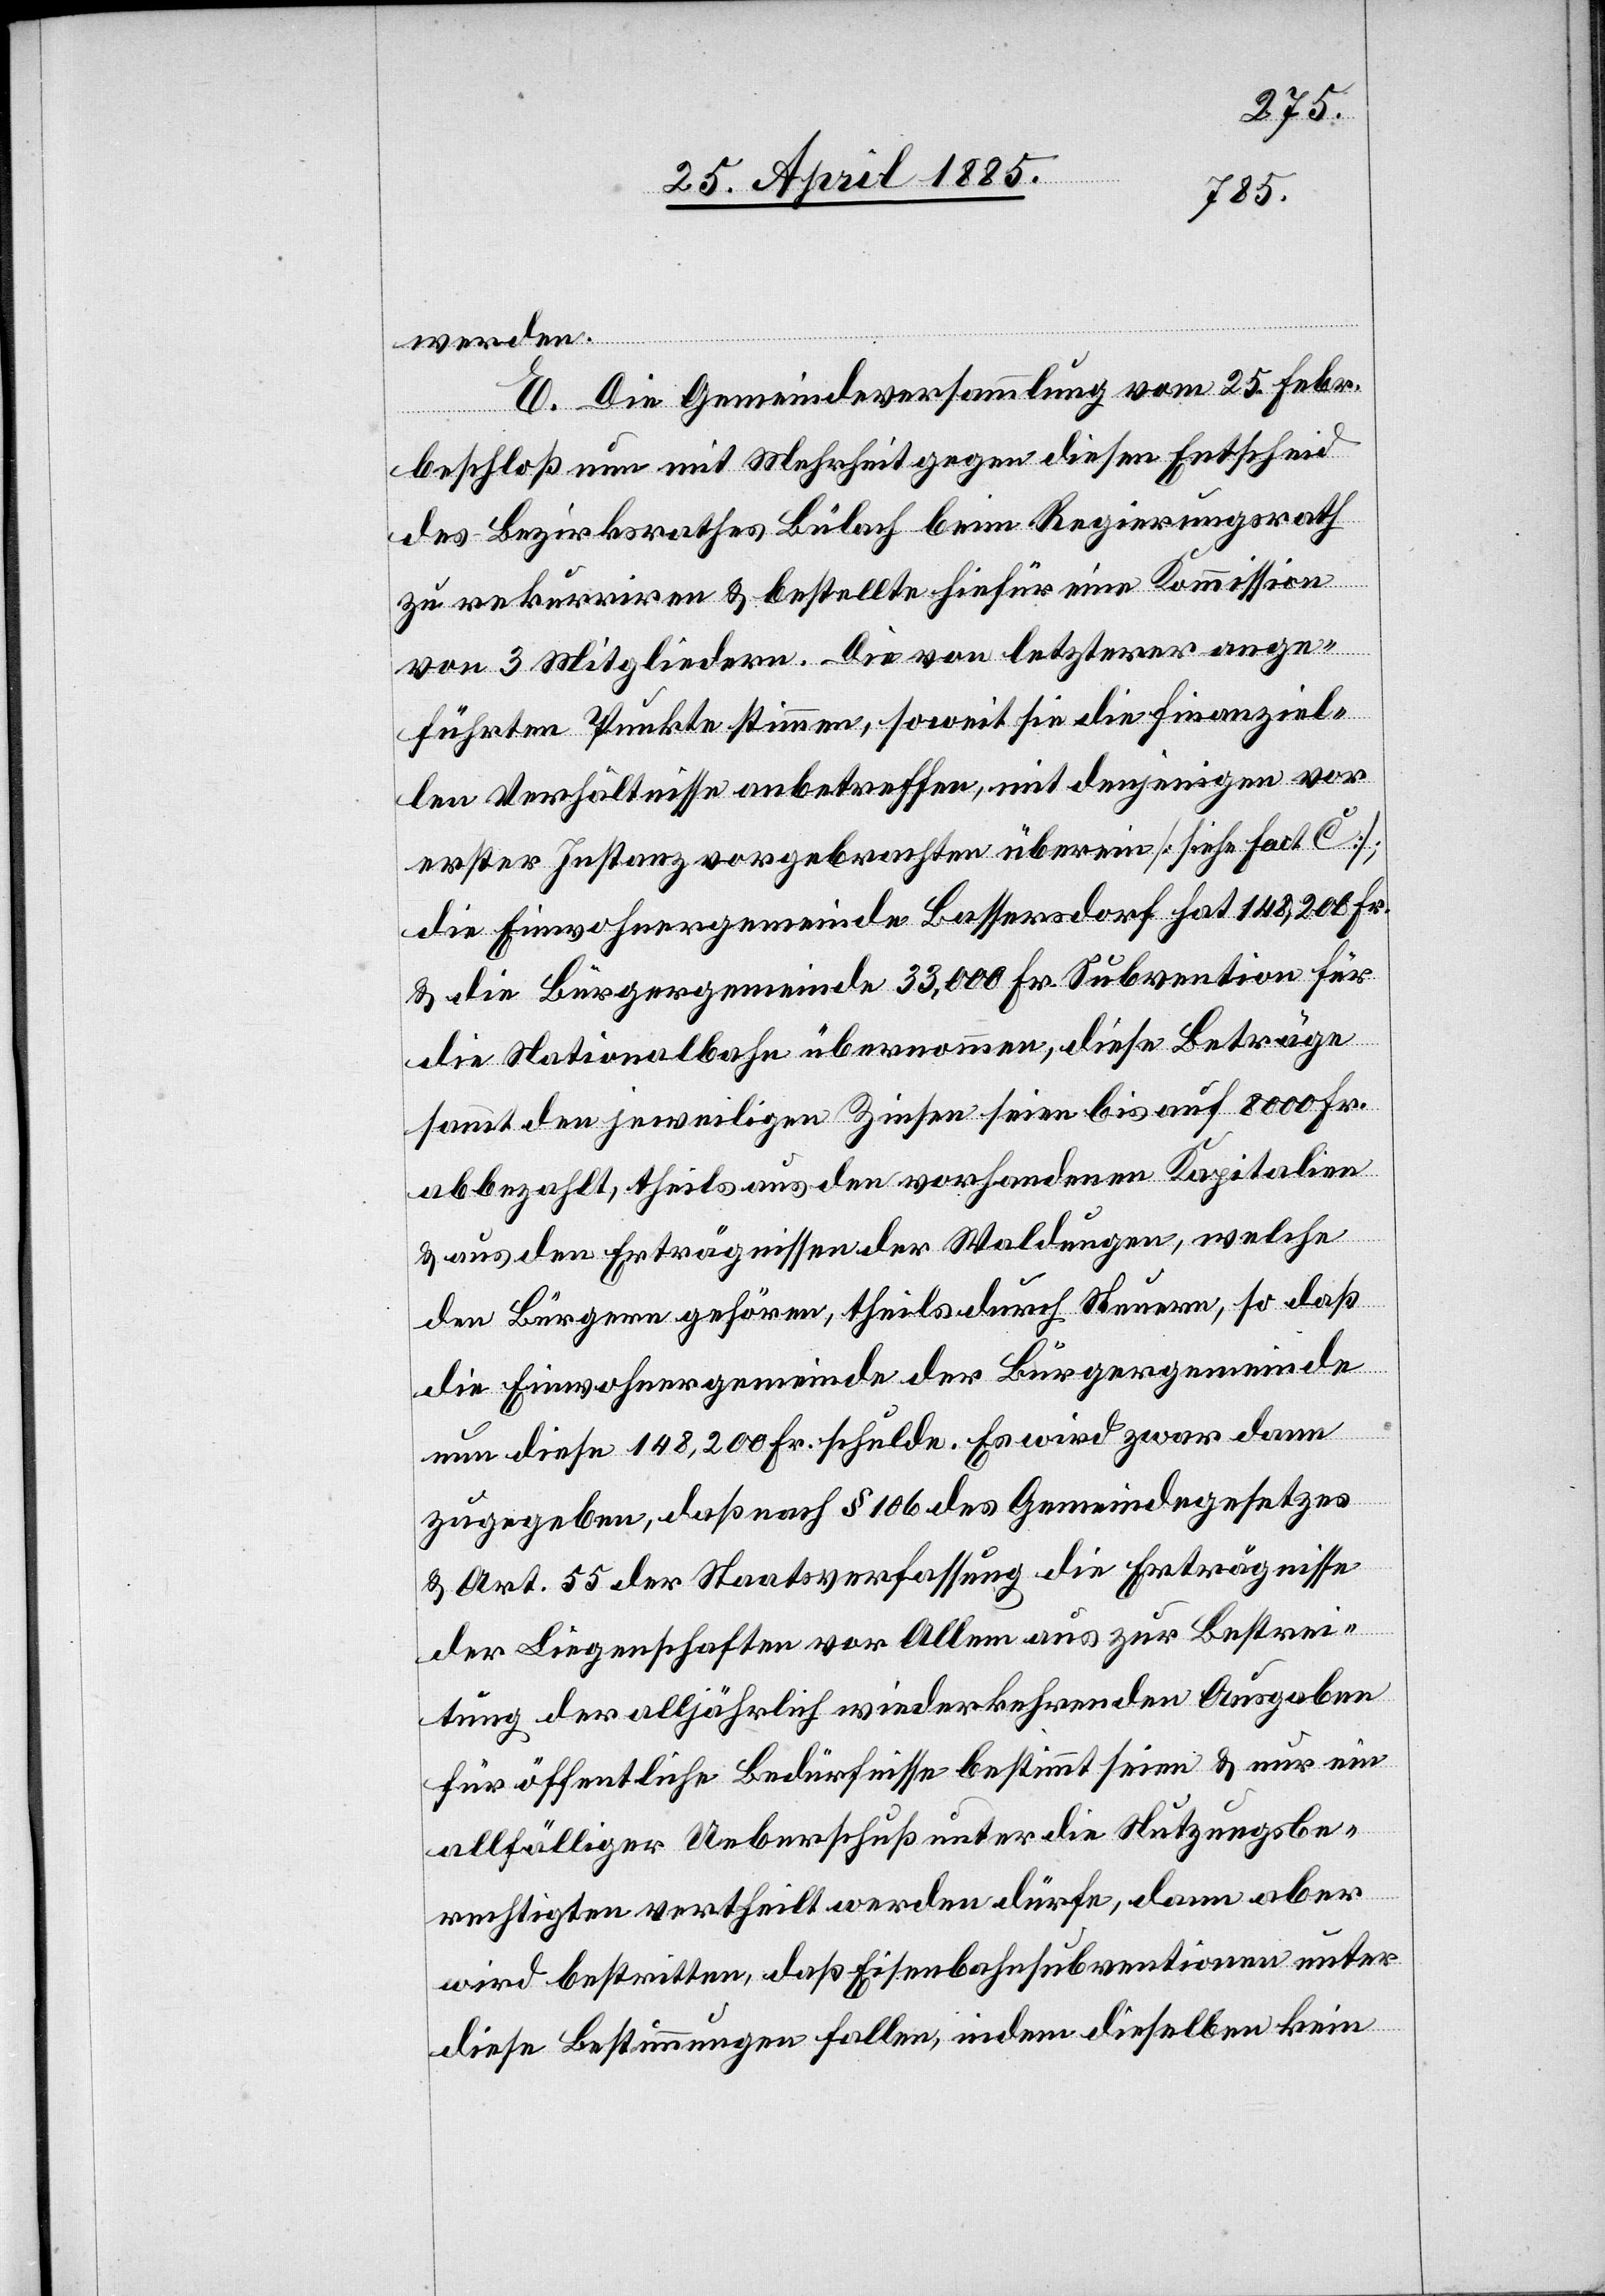
werden.
E. Die Gemeindeversammlung vom 25. Febr.
beschloß nun mit Mehrheit gegen diesen Entscheid
des Bezirksrathes Bülach beim Regierungsrath
zu rekurriren & bestellte hiefür eine Kommission
von 3 Mitgliedern. Die von letzterer ange¬
führten Punkte stimmen, soweit sie die finanziel¬
len Verhältnisse anbetreffen, mit denjenigen vor
erster Instanz vorgebrachten überein [siehe Fact.
die Einwohnergemeinde Bassersdorf hat 148,200 Fr.
& die Bürgergemeinde 33,000 Fr. Subvention für
die Nationalbahn übernommen, diese Beträge
sammt den jeweiligen Zinsen seien bis auf 8000 Fr.
abbezahlt, theils aus den vorhandenen Kapitalien
& aus den Erträgnissen der Waldungen, welche
den Bürgern gehören, theils durch Steuern, so daß
die Einwohnergemeinde der Bürgergemeinde
nun diese 148,200 Fr. schulde. Es wird zwar dann
zugegeben, daß nach § 106 des Gemeindegesetzes
& Art. 55 der Staatsverfassung die Erträgnisse
der Liegenschaften vor Allem aus zur Bestrei¬
tung der alljährlich wiederkehrenden Ausgaben
für öffentliche Bedürfnisse bestimmt seien & nur ein
allfälliger Ueberschuß unter die Nutzungsbe¬
rechtigten vertheilt werden dürfe, dann aber
wird bestritten, daß Eisenbahnsubventionen unter
diese Bestimmungen fallen, indem dieselben kein